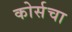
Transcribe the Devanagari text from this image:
कोर्सचा